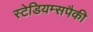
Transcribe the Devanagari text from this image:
स्टेडियम्सपैकी